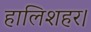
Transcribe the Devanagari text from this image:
हालिशहर।